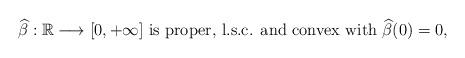
LaTeX: \begin{align*} \widehat{\beta}: \mathbb{R} \longrightarrow [0, + \infty] \textrm{ is proper, l.s.c. and convex with $\widehat{\beta}(0)=0$,} \end{align*}